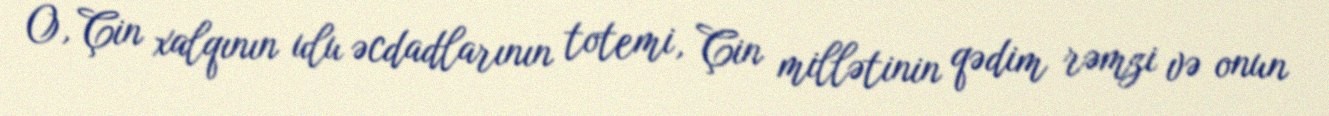
O, Çin xalqının ulu əcdadlarının totemi, Çin millətinin qədim rəmzi və onun